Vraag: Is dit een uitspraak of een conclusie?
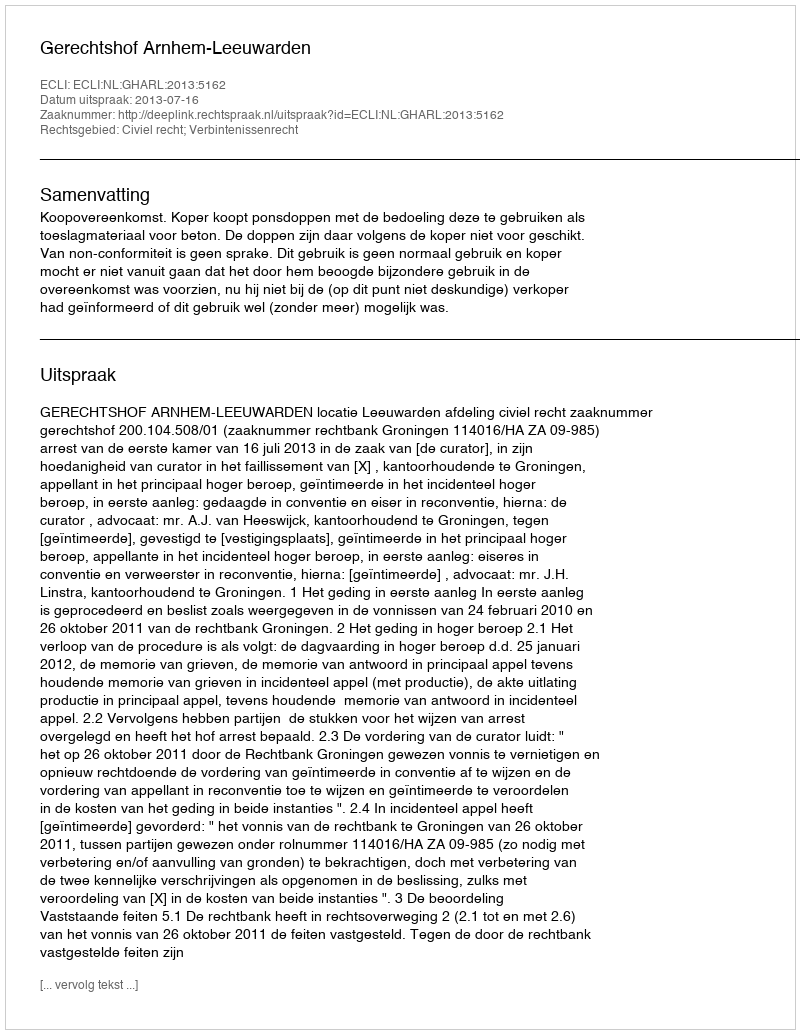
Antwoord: Uitspraak